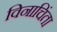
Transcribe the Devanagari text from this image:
विनाचिंता